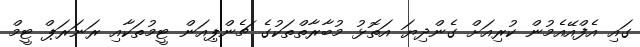
ގައި އެފްއޭއެމުން ކުރިއަށް ގެންދިޔަ އަތޮޅު މުބާރާތްތަކުގެ ޗެންޕިއަން ޓީމުތަކާއި ރަނަރަޕް ޓީމް